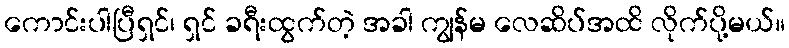
ကောင်းပါပြီရှင်၊ ရှင် ခရီးထွက်တဲ့ အခါ ကျွန်မ လေဆိပ်အထိ လိုက်ပို့မယ်။